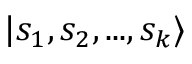
\vert s _ { 1 } , s _ { 2 } , . . . , s _ { k } \rangle